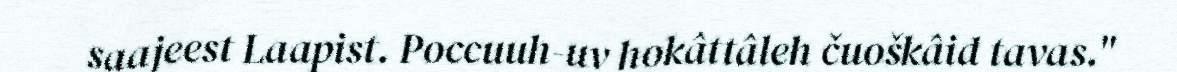
saajeest Laapist. Poccuuh-uv hokâttâleh čuoškâid tavas."